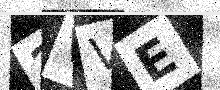
Text: 2VVE